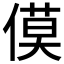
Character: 𪝡